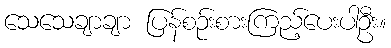
သေသေချာချာ ပြန်စဉ်းစားကြည့်ပေးပါဦး။